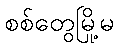
စစ်တွေမြို့မ